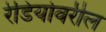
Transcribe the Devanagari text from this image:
रेडियोवरील